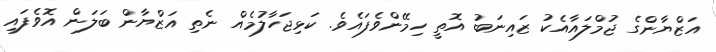
އަޒްޔާންގެ ޖުމްލައާއެކު ޒައިނަބު އޮތީ ހިމޭންވެފައެވެ. ކަޅިޖަހާލުމެއް ނެތި އަޒްޔާން ބަލަން އޮވެފައި